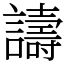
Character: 譸